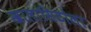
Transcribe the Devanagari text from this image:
खालासिटोला